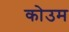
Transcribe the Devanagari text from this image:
कोउम